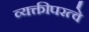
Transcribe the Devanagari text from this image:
व्यक्तीपरत्वे